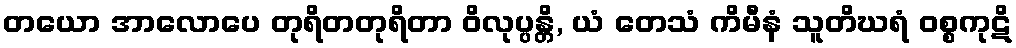
တယော အာလောပေ တုရိတတုရိတာ ဝိလုပ္ပန္တိ, ယံ တေသံ ကိမီနံ သူတိဃရံ ဝစ္စကုဋိ